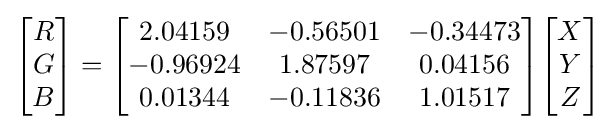
{\begin{bmatrix}R\\G\\B\end{bmatrix}}={\begin{bmatrix}2.04159&-0.56501&-0.34473\\-0.96924&1.87597&0.04156\\0.01344&-0.11836&1.01517\end{bmatrix}}{\begin{bmatrix}X\\Y\\Z\end{bmatrix}}